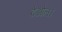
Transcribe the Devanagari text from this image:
देओल।